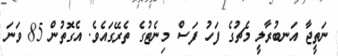
ނަތީޖާ އަނބުރާލީ މެޗުގެ ފަހު ފަސް މިނެޓުގެ ތެރޭގައެވެ. އެގޮތުން 85 ވަނަ